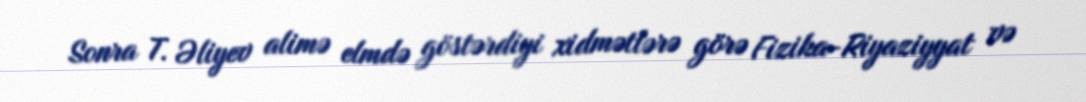
Sonra T. Əliyev alimə elmdə göstərdiyi xidmətlərə görə Fizika-Riyaziyyat və